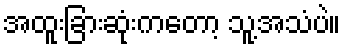
အထူးခြားဆုံးကတော့ သူ့အသံပဲ။